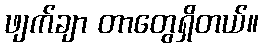
ဖျက်ချာ တာတွေရှိတယ်။